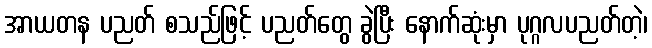
အာယတန ပညတ် စသည်ဖြင့် ပညတ်တွေ ခွဲပြီး နောက်ဆုံးမှာ ပုဂ္ဂလပညတ်တဲ့၊